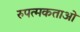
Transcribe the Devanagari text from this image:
रुपत्मकताओं